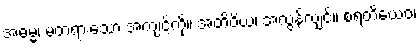
အဓမ္မံ၊ မတရားသော အကျင့်ကို။ အတိဝိယ၊ အလွန်လျှင်။ စရတိယေဝ၊